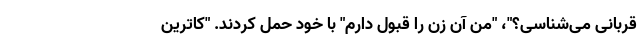
قربانی می‌شناسی؟"، "من آن زن را قبول دارم" با خود حمل کردند. "کاترین